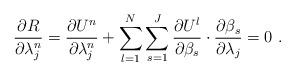
LaTeX: \begin{align*}\frac{{\partial R}}{{\partial \lambda _j^{n} }} = \frac{{\partial {U^n}}}{{\partial \lambda _j^{n}}} + \sum\limits_{l = 1}^N \sum\limits_{s = 1}^J {\frac{{\partial {U^l}}}{{\partial {\beta_s}}}\cdot\frac{{\partial {\beta_s}}}{{\partial \lambda _j}} = 0} \ .\end{align*}